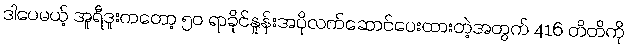
ဒါပေမယ့် အူရီဒူးကတော့ ၅၀ ရာခိုင်နှုန်းအပိုလက်ဆောင်ပေးထားတဲ့အတွက် 416 တိတိကို